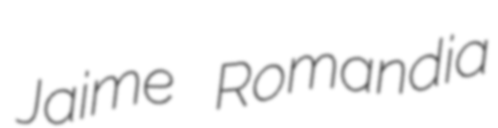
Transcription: Jaime Romandia